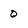
Character: o